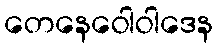
တေနေဝေါဝါဒေန